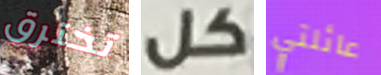
تخترق كل عائلتي